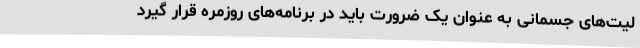
لیت‌های جسمانی به عنوان یک ضرورت باید در برنامه‌های روزمره قرار گیرد